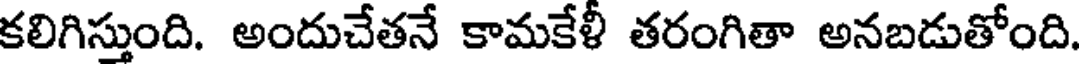
కలిగిస్తుంది. అందుచేతనే కామకేళీ తరంగితా అనబడుతోంది